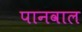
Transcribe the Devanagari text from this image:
पानवाल